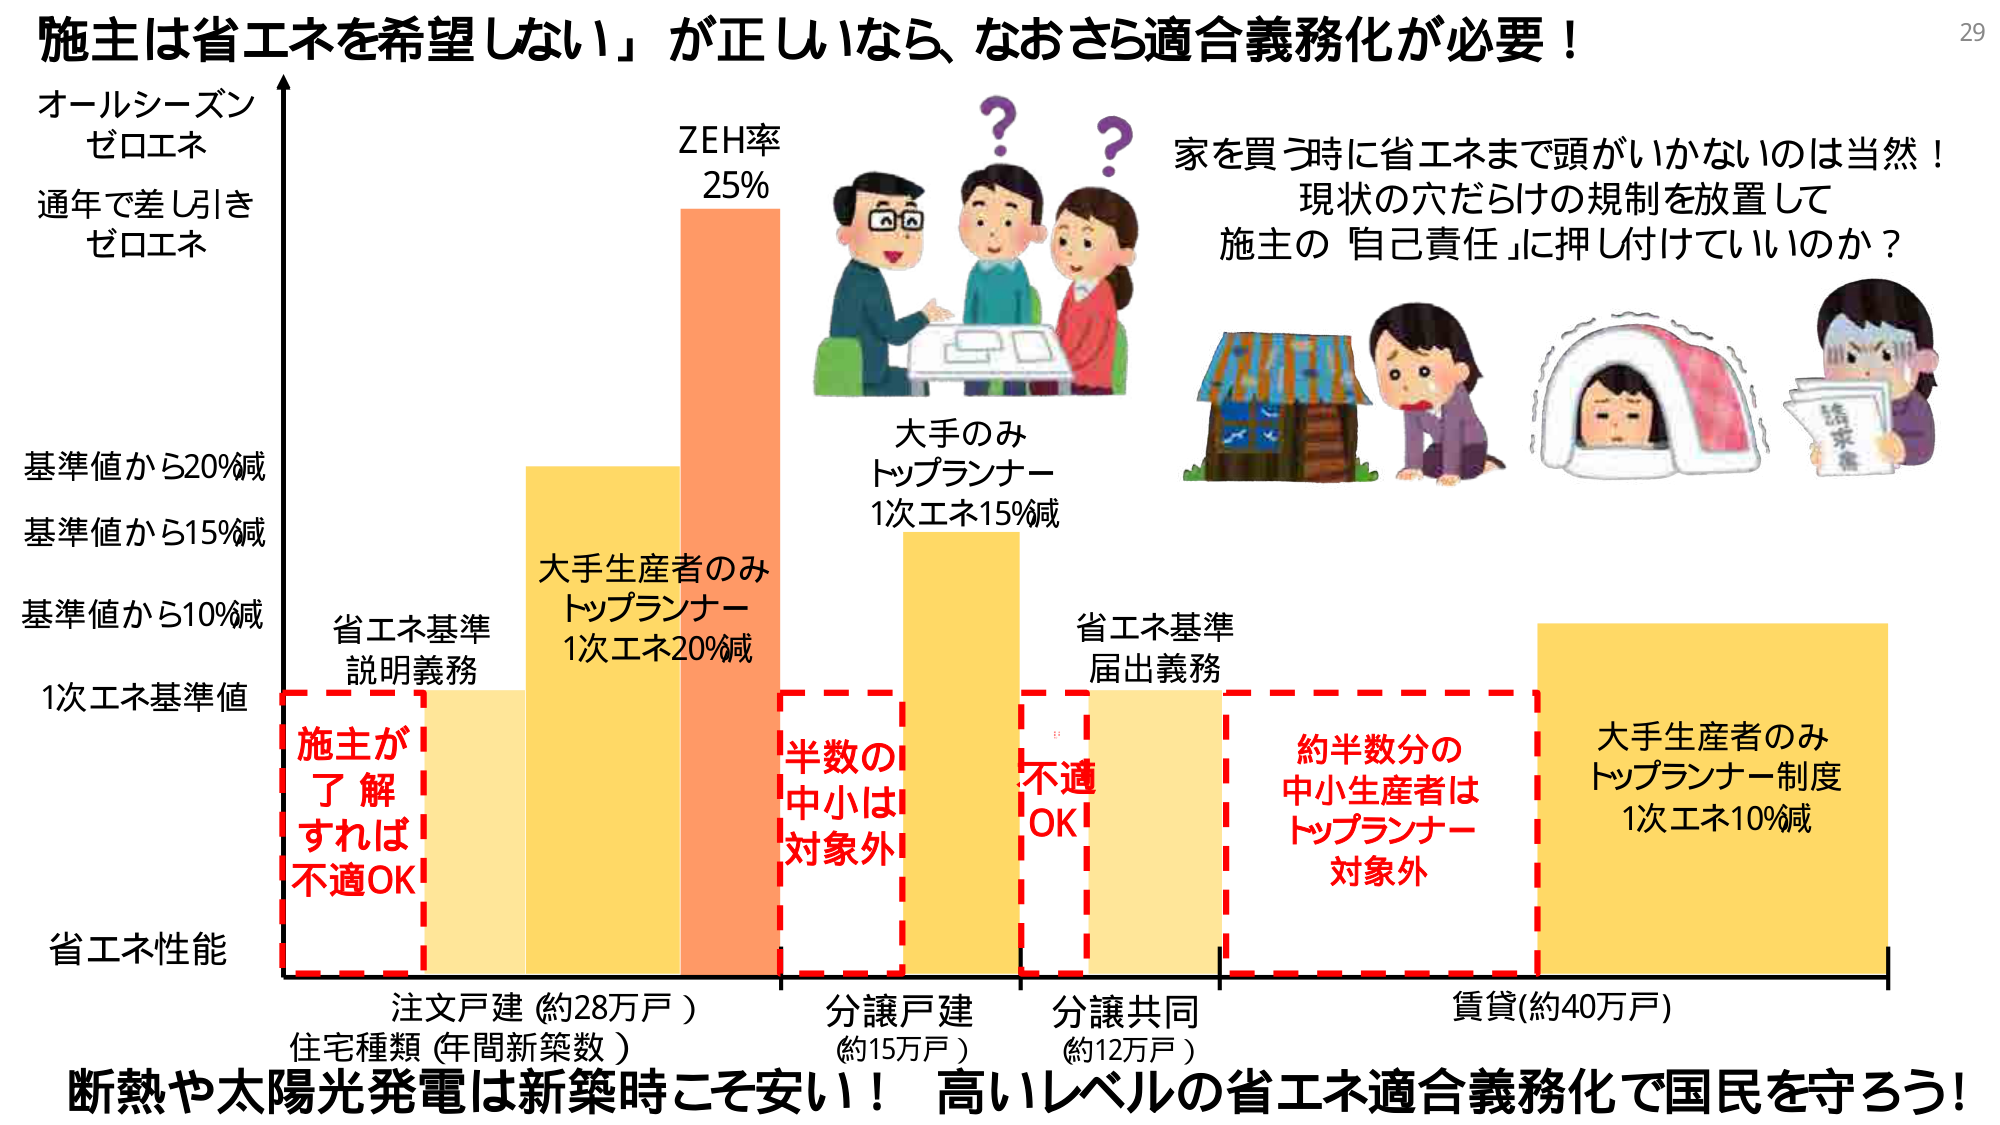
施主は省エネを希望しない」が正しいなら、なおさら適合義務化が必要！

オールシーズン
ゼロエネ
通年で差し引き
ゼロエネ

ZEH率
25%

家を買う時に省エネまで頭がいかないのは当然！
現状の穴だらけの規制を放置して
施主の「自己責任」に押し付けていいのか？

大手のみ
トップランナー
1次エネ15%減

基準値から20%減
基準値から15%減
基準値から10%減
1次エネ基準値

省エネ基準
説明義務

大手生産者のみ
トップランナー
1次エネ20%減

省エネ基準
届出義務

半数の中
小は
対象外

不適
OK

約半数分の
中小生産者は
トップランナー
対象外

大手生産者のみ
トップランナー制度
1次エネ10%減

省エネ性能

注文戸建（約28万戸）
住宅種類（年間新築数）

分譲戸建
（約15万戸）

分譲共同
（約12万戸）

賃貸（約40万戸）

断熱や太陽光発電は新築時こそ安い！ 高いレベルの省エネ適合義務化で国民を守ろう！

29